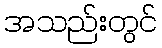
အသည်းတွင်